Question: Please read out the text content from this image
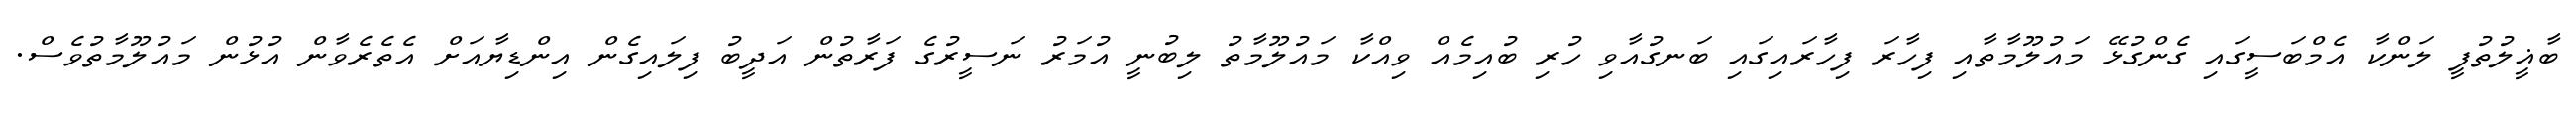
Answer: ބާޣީލުތުފީ ލަންކާ އެމްބަސީގައި ގެންގުޅޭ މައުލޫމާތާއި ފިހާރަ ފިހާރައިގައި ބަނގުއާވި ހުރި ބުއިމެއް ވިއްކާ މައުލޫމާތު ލިބުނީ އުމަރު ނަސީރުގެ ފަރާތުން އަދީބު ފިލައިގެން އިންޑިޔާއަށް އެތެރެވާން އުޅުން މައުލޫމާތުވެސް.